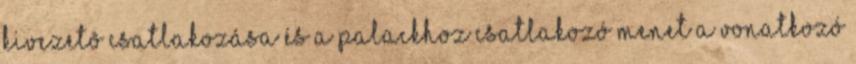
kivezetõ csatlakozása és a palackhoz csatlakozó menet a vonatkozó